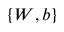
\{ W , b \}